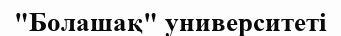
"Болашақ" университеті